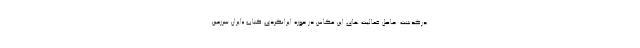
درگذشت. حاصل فعالیت های این عکاس در حوزه ایرانگردی کتاب «ایران سرزمین